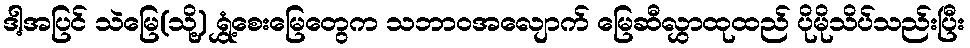
ဒါ့အပြင် သဲမြေ(သို့) ရွှံ့စေးမြေတွေက သဘာဝအလျောက် မြေဆီလွှာထုထည် ပိုမိုသိပ်သည်းပြီး